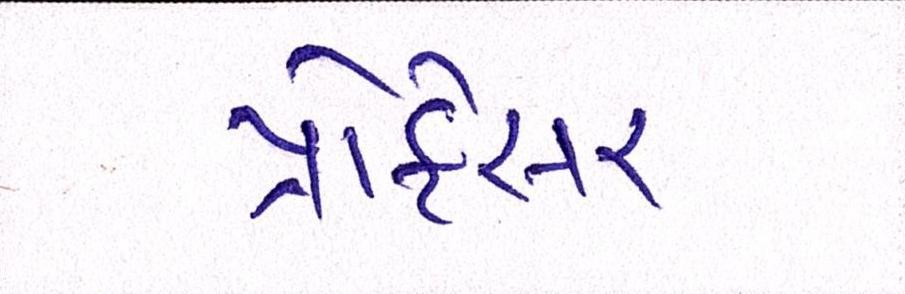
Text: પ્રોફેસર